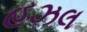
હઝલ